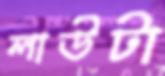
লাউটা